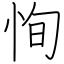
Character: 恂